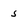
Character: 5